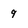
Character: 9